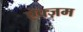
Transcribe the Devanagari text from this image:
ऐक्ज़म